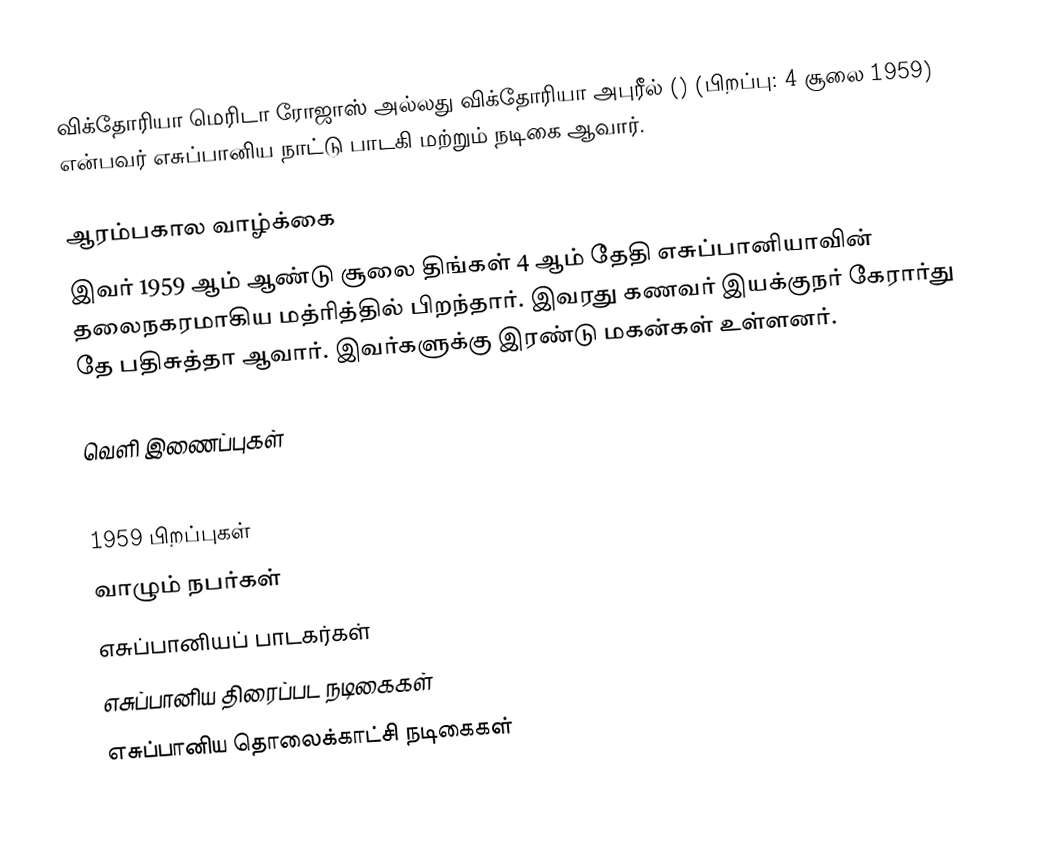
விக்தோரியா மெரிடா ரோஜாஸ்  அல்லது விக்தோரியா அபுரீல் () (பிறப்பு: 4 சூலை 1959) என்பவர் எசுப்பானிய நாட்டு பாடகி மற்றும் நடிகை  ஆவார்.

ஆரம்பகால வாழ்க்கை
இவர் 1959 ஆம் ஆண்டு சூலை திங்கள் 4 ஆம் தேதி எசுப்பானியாவின் தலைநகரமாகிய மத்ரித்தில் பிறந்தார். இவரது கணவர் இயக்குநர் கேரார்து தே பதிசுத்தா ஆவார். இவர்களுக்கு இரண்டு மகன்கள் உள்ளனர்.

வெளி இணைப்புகள்

1959 பிறப்புகள்
வாழும் நபர்கள்
எசுப்பானியப் பாடகர்கள்
எசுப்பானிய திரைப்பட நடிகைகள்
எசுப்பானிய தொலைக்காட்சி நடிகைகள்